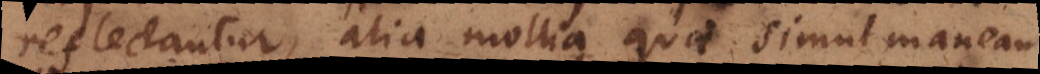
reflectantur, alia mollia quae simul maneant.